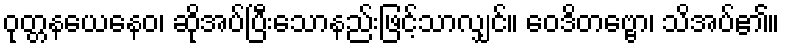
ဝုတ္တနယေနေဝ၊ ဆိုအပ်ပြီးသောနည်းဖြင့်သာလျှင်။ ဝေဒိတဗ္ဗော၊ သိအပ်၏။